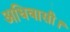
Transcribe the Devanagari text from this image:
अधिवासी।